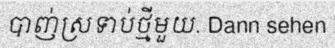
បាញ់ស្រទាប់ថ្មីមួយ. Dann sehen